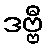
ဒဗ္ဗီ